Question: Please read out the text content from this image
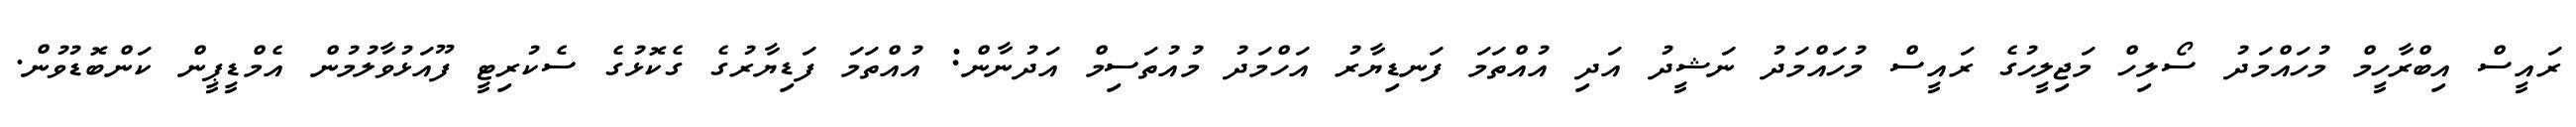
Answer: ރައީސް އިބްރާހީމް މުހައްމަދު ސޯލިހް މަޖިލީހުގެ ރައީސް މުހައްމަދު ނަޝީދު އަދި އުއްތަމަ ފަނޑިޔާރު އަހްމަދު މުއުތަސިމް އަދުނާން: އުއްތަމަ ފަޑިޔާރުގެ ގެކޮޅުގެ ސެކުރިޓީ ފޫއަޅުވާލުމުން އެމްޑީޕީން ކަންބޮޑުވުން.